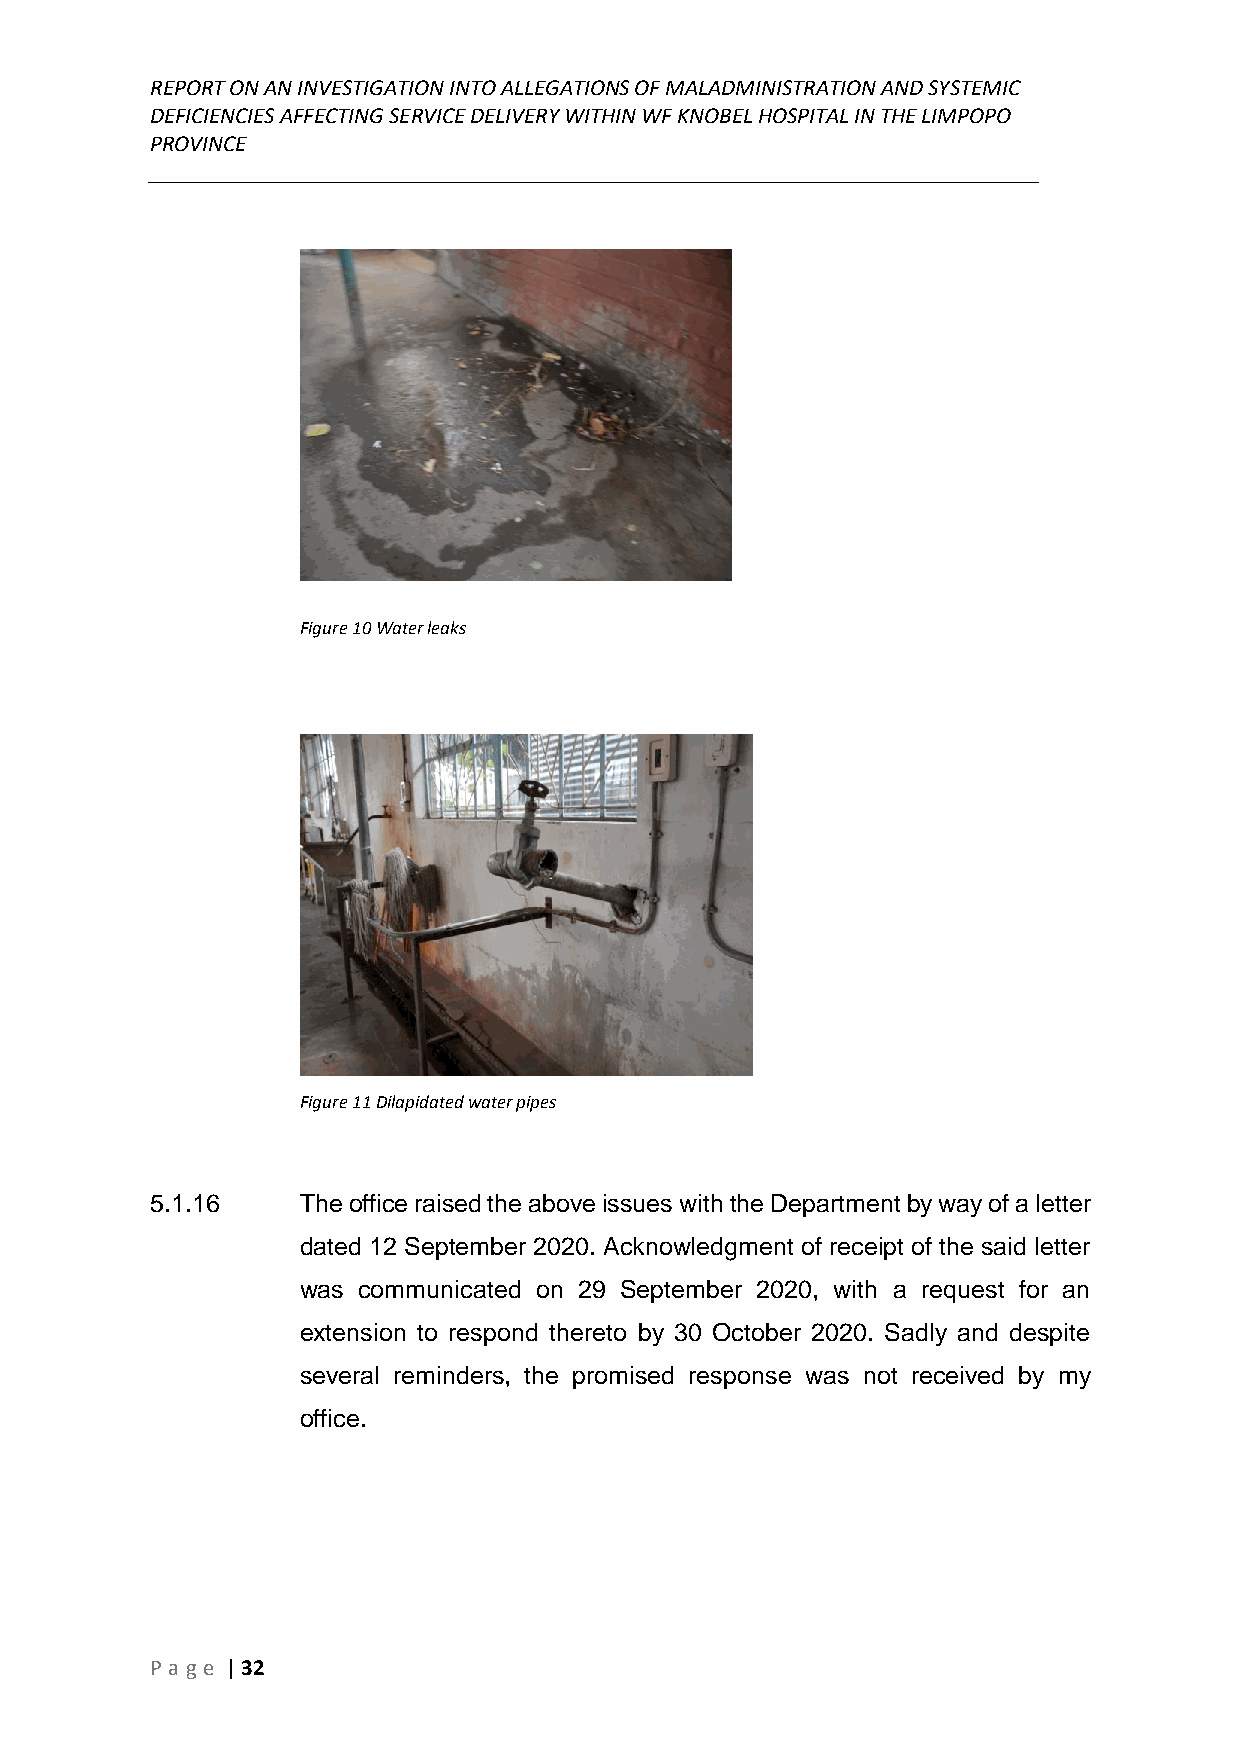
REPORT ON AN INVESTIGATION INTO ALLEGATIONS OF MALADMINISTRATION AND SYSTEMIC
 DEFICIENCIES AFFECTING SERVICE DELIVERY WITHIN WF KNOBEL HOSPITAL IN THE LIMPOPO
 PROVINCE
 ______________________________________________________________________________
 Figure 10 Water leaks
 Figure 11 Dilapidated water pipes
 5.1.16    The office raised the above issues with the Department by way of a letter
 dated 12 September 2020. Acknowledgment of receipt of the said letter
 was communicated on 29 September 2020, with a request for an
 extension to respond thereto by 30 October 2020. Sadly and despite
 several reminders, the promised response was not received by my
 office.
 P age | 32